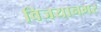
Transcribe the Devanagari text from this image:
विजयानगर